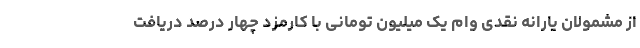
از مشمولان یارانه نقدی وام یک میلیون تومانی با کارمزد چهار درصد دریافت